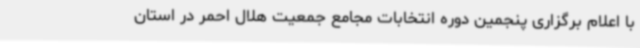
با اعلام برگزاری پنجمین دوره انتخابات مجامع جمعیت هلال احمر در استان